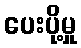
ပေးပို့မှု